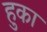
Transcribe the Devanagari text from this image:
हुका